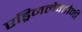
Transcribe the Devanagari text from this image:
एड्रिनलेक्टोमी